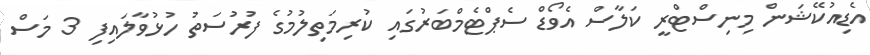
އެޑިއުކޭޝަން މިނިސްޓްރީ ކަލާސް އެވޯޑް ސެޕްޓެމްބަރުގައި ކުރިމަތިލުމުގެ ފުރުސަތު ހުޅުވާލައިފި 3 މަސް